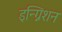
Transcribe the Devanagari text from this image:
इन्ग्निशन